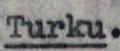
Turku.